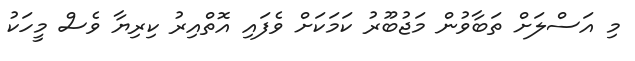
މި އަސްލަށް ތަބާވުން މަޖުބޫރު ކަމަކަށް ވެފައި އޮތްއިރު ކިރިޔާ ވެސް މީހަކު